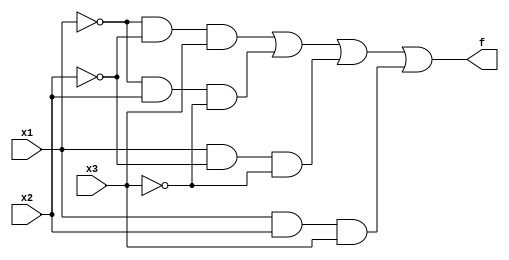
// 2.60 Write Verilog code to implement the circuit in Figure 2.32a using the gate-level primitives (and(), or(), xor()).
module exercise_2_60 (x1, x2, x3, f);
    input x1, x2, x3;
    output f;

    and(y1, ~x1, ~x2, x3);
    and(y2, ~x1, x2, ~x3);
    and(y3, x1, ~x2, ~x3);
    and(y4, x1, x2, x3);
    or (f, y1, y2, y3, y4);

endmodule
// 2.61 Repeat Problem 2.60 for the circuit in Figure 2.32b.
module exercise_2_61 (x1, x2, x3, f);
    input x1, x2, x3;
    output f;

    or(y1, x1, x2, x3);
    or(y2, ~x1, ~x2, x3);
    or(y3, ~x1, x2, ~x3);
    or(y4, x1, ~x2, ~x3);

    and(f, y1, y2, y3, y4);

endmodule

// 2.62 Write Verilog code to implement the function f (x1, x2, x3) = SUM m(1, 2, 3, 4, 5, 6) using the
// gate-level primitives. Ensure that the resulting circuit is as simple as possible.

// 2.63 Write Verilog code to implement the function f (x1, x2, x3) = SUM m(0, 1, 3, 4, 5, 6) using the
// continuous assignment.

// 2.64 (a) Write Verilog code to describe the following functions
// f1 = x1x3 + x2x3 + x3x4 + x1x2 + x1x4
// f2 = (x1 + x3)  (x1 + x2 + x4)  (x2 + x3 + x4)
// (b) Use functional simulation to prove that f1 = f2.
module exercise_2_64_a (x1, x2, x3, x4, f1);
    input x1, x2, x3, x4;
    output f1;

    and(y1, x1, x3);
    and(y2, x2, x3);
    and(y3, x3, x4);
    and(y4, x1, x2);
    and(y5, x1, x4);

    or(f1, y1, y2, y3, y4, y5);

endmodule

// 2.65 Consider the following Verilog statements
// f1 = (x1 & x3) | (x1 & x3) | (x2 & x4) | (x2 & x4);
// f2 = (x1 & x2 & x3 & x4) | (x1 & x2 & x3 & x4) |
// (x1 & x2 & x3 & x4) | (x1 & x2 & x3 & x4);
// (a) Write complete Verilog code to implement f1 and f2.
// (b) Use functional simulation to prove that f1 = f2.